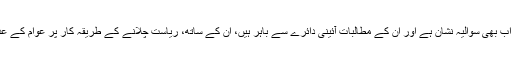
ایک بار پھر یہ کہ جناب قادری، جن کے دھرنے پر اب بھی سوالیہ نشان ہے اور ان کے مطالبات آئینی دائرے سے باہر ہیں، ان کے ساتھ، ریاست چلانے کے طریقہ کار پر عوام کے عدم اعتماد کے تناظر میں، معاملات طے کرلیے گئے۔